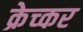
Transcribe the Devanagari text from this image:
क्रेच्कर